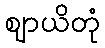
ဈာယိတုံ